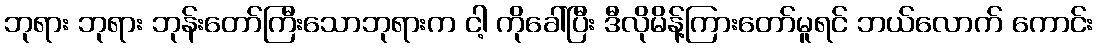
ဘုရား ဘုရား ဘုန်းတော်ကြီးသောဘုရားက ငါ့ ကိုခေါ်ပြီး ဒီလိုမိန့်ကြားတော်မူရင် ဘယ်လောက် ကောင်း